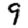
Digit: 9